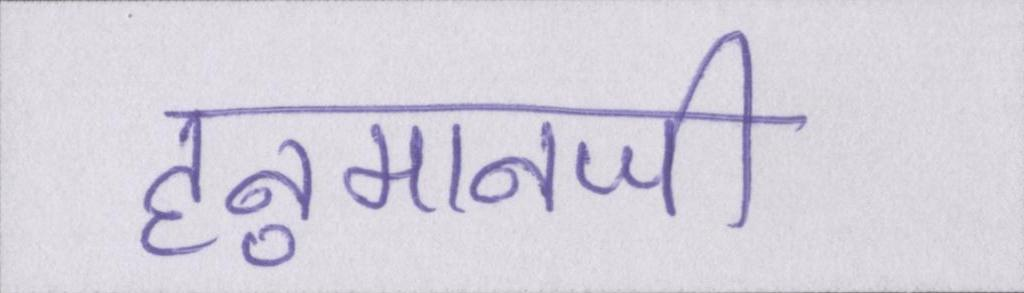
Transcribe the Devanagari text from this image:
हनुमानजी